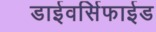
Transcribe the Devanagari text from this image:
डाईवर्सिफाईड